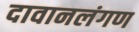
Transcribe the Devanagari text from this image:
दावानलंगण